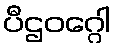
ပီဌဝဂ္ဂေါ